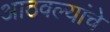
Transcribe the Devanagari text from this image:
आठवल्यांचे